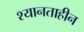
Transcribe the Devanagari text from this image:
श्यानताहीन